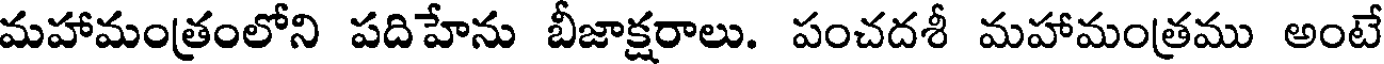
మహామంత్రంలోని పదిహేను బీజాక్షరాలు. పంచదశీ మహామంత్రము అంటే